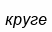
круге